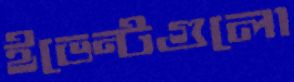
ইভেন্টগুলো